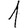
Digit: 1